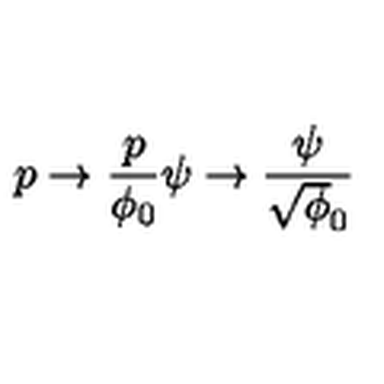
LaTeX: p \to { \frac { p } { \phi _ { 0 } } } \psi \to { \frac { \psi } { \sqrt \phi _ { 0 } } }